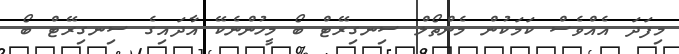
މިފަދަ އެއްވެސް ކަމަކުން މެންތޯލް ސިނގިރޭޓް ބޯ މީހުންނެކޭ އާދައިގެ ސިނގިރޭޓް ބޯ